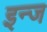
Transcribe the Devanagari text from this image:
इन्ज